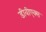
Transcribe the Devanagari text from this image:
डीवीएक्स